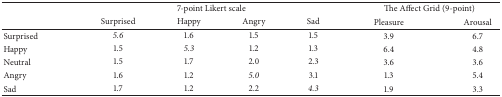
|  | <COLSPAN=4> 7-point Likert scale | <COLSPAN=2> The Affect Grid (9-point) |
 |  | Surprised | Happy | Angry | Sad | Pleasure | Arousal |
 | --- | --- | --- | --- | --- | --- | --- |
 | Surprised | 5.6 | 1.6 | 1.5 | 1.5 | 3.9 | 6.7 |
 | Happy | 1.5 | 5.3 | 1.2 | 1.3 | 6.4 | 4.8 |
 | Neutral | 1.5 | 1.7 | 2.0 | 2.3 | 3.6 | 3.6 |
 | Angry | 1.6 | 1.2 | 5.0 | 3.1 | 1.3 | 5.4 |
 | Sad | 1.7 | 1.2 | 2.2 | 4.3 | 1.9 | 3.3 |